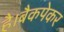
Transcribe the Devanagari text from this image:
है।बैकपेकर